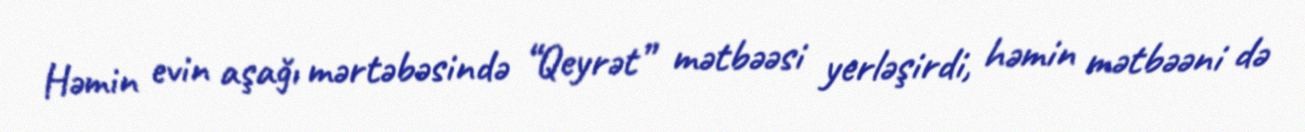
Həmin evin aşağı mərtəbəsində “Qeyrət” mətbəəsi yerləşirdi, həmin mətbəəni də